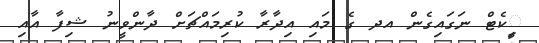
ީިކެޓް ނަގައިގެން އދ ގެ މައި އިދާރާ ކުރިމައްޗަށް ދާންވީނު ޝިފާ އާއި